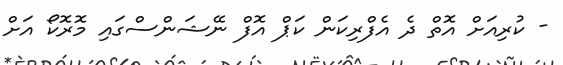
- ކުރިއަށް އޮތް ދެ އެފްރިކަން ކަޕް އޮފް ނޭޝަންސްގައި މޮރޮކޯ އަށް